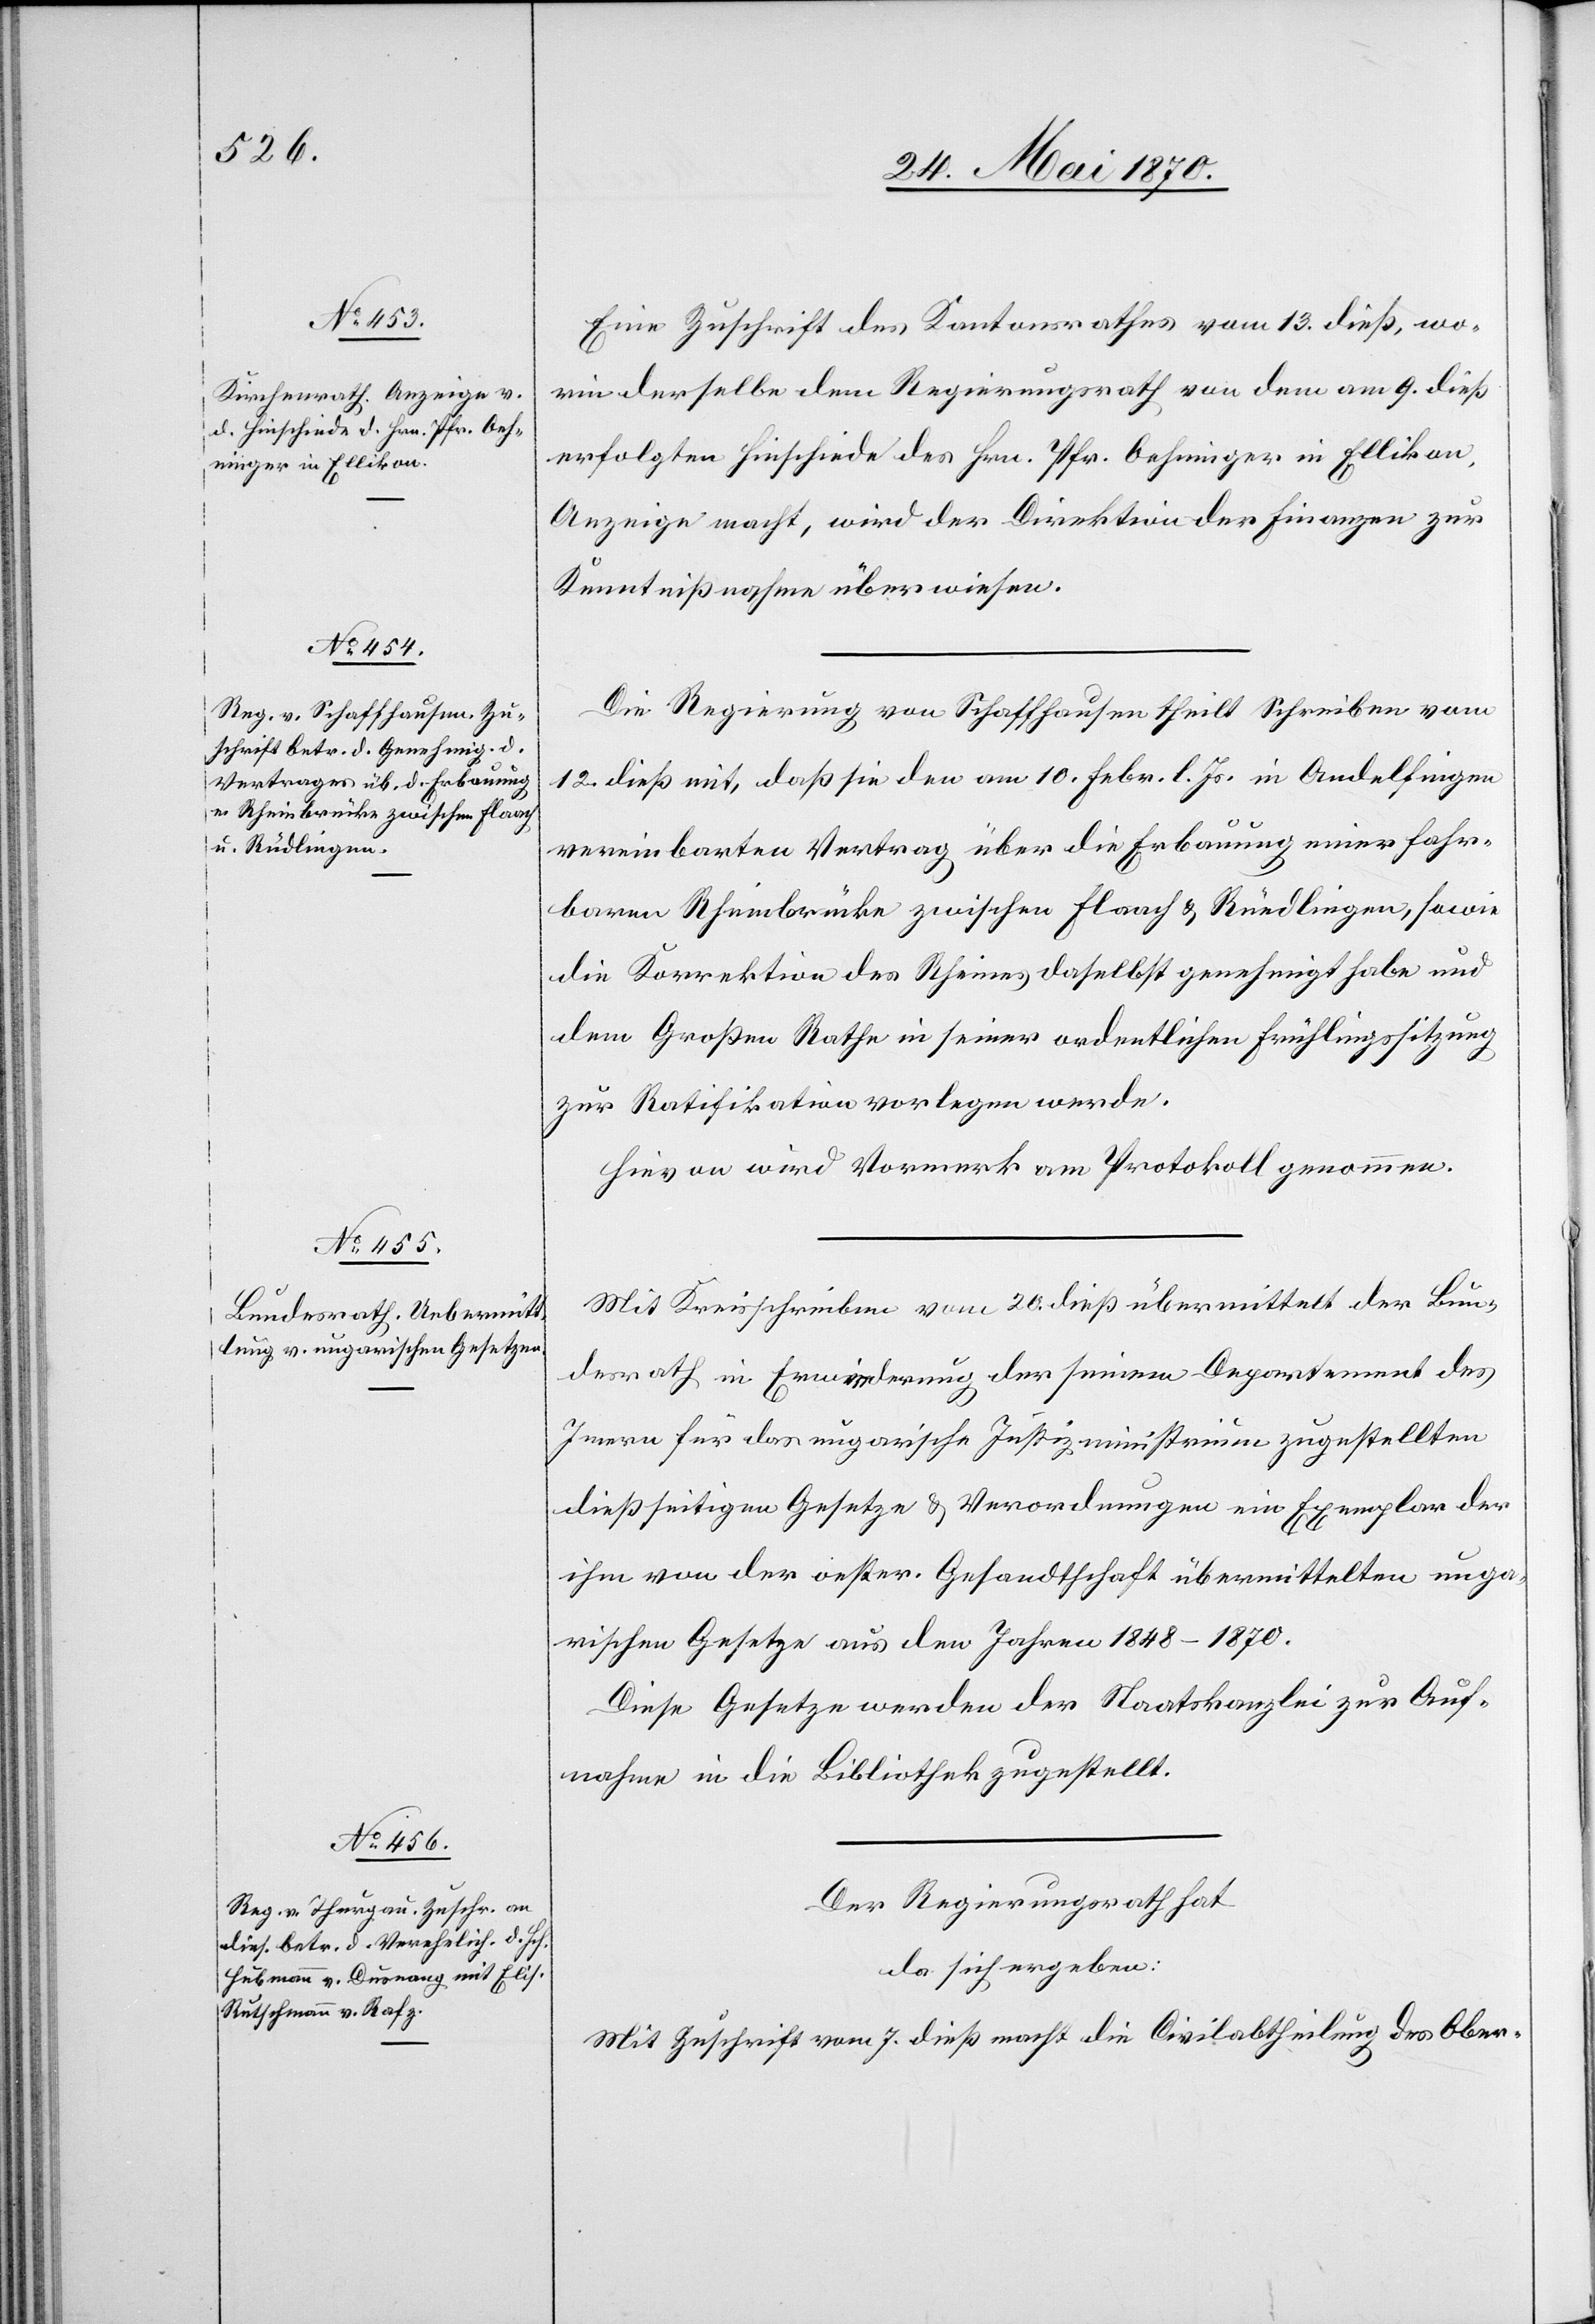
vom 13.

Eine Zuschrift des Kantonsrathes [recte: Kirchenra¬
worin derselbe dem Regierungsrath von dem am 9. dieß
erfolgten Hinschiede des Hrn. Pfr. Oehninger in Ellikon,
Anzeige macht, wird der Direktion der Finanzen zur
Kenntnißnahme überwiesen.
Die Regierung von Schaffhausen theilt [mit] Schreiben vom
12. dieß mit, daß sie den am 10. Febr. l. Js. in Andelfingen
vereinbarten Vertrag über die Erbauung einer fahr¬
baren Rheinbrücke zwischen Flaach & Rüedlingen, sowie
die Korrektion des Rheines daselbst genehmigt habe und
dem Großen Rathe in seiner ordentlichen Frühlingssitzung
zur Ratifikation vorlegen werde.
Hievon wird Vormerk am Protokoll genommen.
Mit Kreisschreiben vom 20. dieß übermittelt der Bun¬
desrath in Erwiederung der seinem Departement des
Innern für das ungarische Justizministerium zugestellten
dießseitigen Gesetze & Verordnungen ein Exemplar der
ihm von der oestr. Gesandtschaft übermittelten unga¬
rischen Gesetze aus den Jahren 1848–1870.
Diese Gesetze werden der Staatskanzlei zur Auf¬
nahme in die Bibliothek zugestellt.
Der Regierungsrath hat
da sich ergeben:
Mit Zuschrift vom 7. dieß macht die Civilabtheilung des Ober-